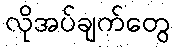
လိုအပ်ချက်တွေ